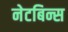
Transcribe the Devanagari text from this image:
नेटबिन्स